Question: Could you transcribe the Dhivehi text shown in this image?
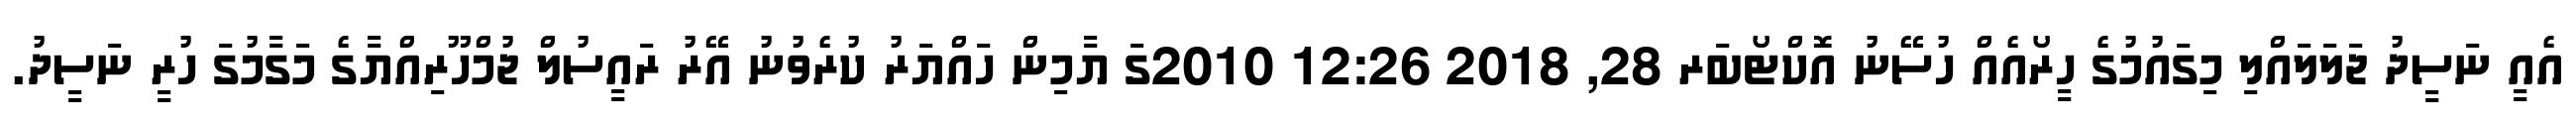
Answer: އެއީ ނަސީދު ޖަލަލައްލި މިގައުމުގެ ހީރޯއެއް ހުސޭނު އޮކްޓޯބަރ 28, 2018 12:26 2010ގަ ޔާމިން ހައްޔަރު ކުރެވުނު އޭރު ރައީސުލް ޖުމްހޫރިއްޔާގެ މަގާމުގަ ހުރީ ނަސީދު.